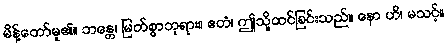
မိန့်တော်မူ၏။ ဘန္တေ၊ မြတ်စွာဘုရား။ ဧတံ၊ ဤသို့ထင်ခြင်းသည်။ နော ဟိ၊ မသင့်။